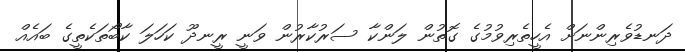
ދަނޑުވެރިންނަށް އެހީތެރިވުމުގެ ގޮތުން ލަންކާ ސަރުކާރުން ވަނީ ރީނދޫ ކަހަލަ ކާބޯތަކެތީގެ ބައެއް